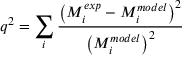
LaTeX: q ^ { 2 } = \sum _ { i } { \frac { \left( M _ { i } ^ { e x p } - M _ { i } ^ { m o d e l } \right) ^ { 2 } } { \left( M _ { i } ^ { m o d e l } \right) ^ { 2 } } }